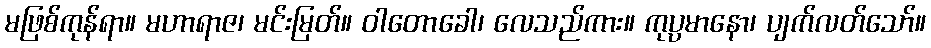
မဖြစ်ကုန်ရာ။ မဟာရာဇ၊ မင်းမြတ်။ ဝါတောခေါ၊ လေသည်ကား။ ကုပ္ပမာနော၊ ပျက်လတ်သော်။